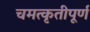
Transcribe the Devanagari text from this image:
चमत्कृतीपूर्ण